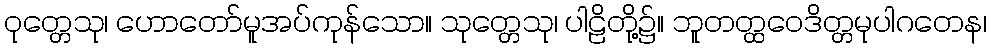
ဝုတ္တေသု၊ ဟောတော်မူအပ်ကုန်သော။ သုတ္တေသု၊ ပါဠိတို့၌။ ဘူတတ္ထဝေဒိတ္တမုပါဂတေန၊